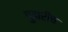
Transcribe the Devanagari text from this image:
पुढारीच